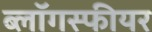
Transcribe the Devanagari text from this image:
ब्लॉगस्फीयर